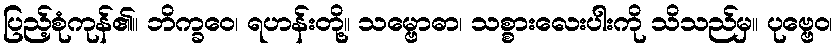
ပြည့်စုံကုန်၏။ ဘိက္ခဝေ၊ ရဟန်းတို့။ သမ္ဗောဓာ၊ သစ္စားလေးပါးကို သိသည်မှ။ ပုဗ္ဗေဝ၊